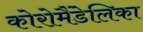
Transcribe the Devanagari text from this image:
कोरोमैंडेलिका